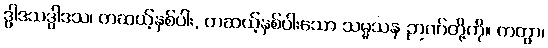
ဒွါဒသဒွါဒသ၊ တဆယ့်နှစ်ပါး, တဆယ့်နှစ်ပါးသော သမ္မသန ဉာဏ်တို့ကို။ ကတွာ၊